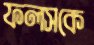
ফলসকে